Vaccination North-Western Provinces 1866-1877 - 1866-1877
Year: 1866
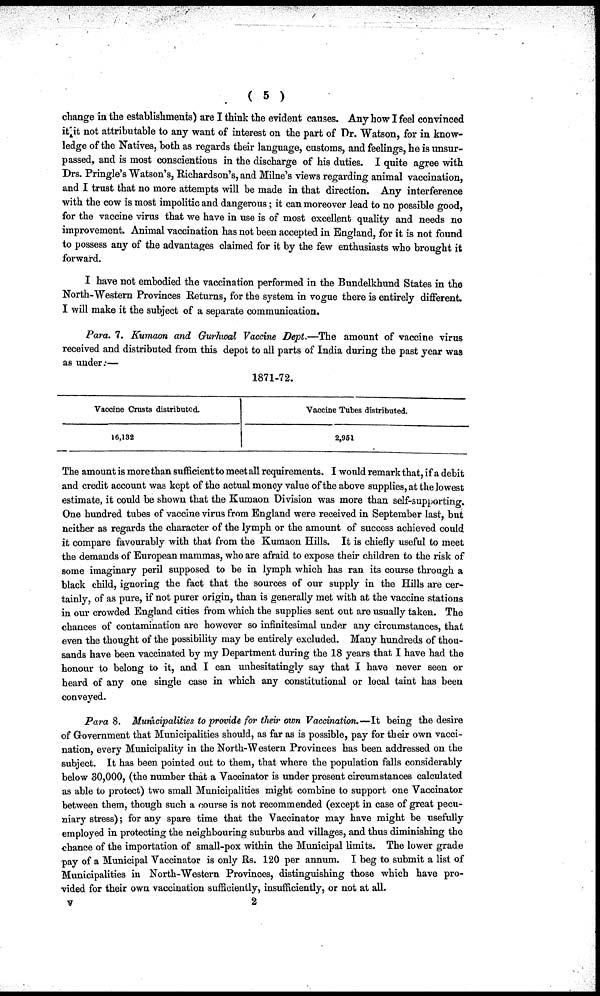
( 5 )
change in the establishments) are I think the evident causes. Any how I feel convinced
it it not attributable to any want of interest on the part of Dr. Watson, for in know-
ledge of the Natives, both as regards their language, customs, and feelings, he is unsur-
passed, and is most conscientious in the discharge of his duties. I quite agree with
Drs. Pringle's Watson's, Richardson's, and Milne's views regarding animal vaccination,
and I trust that no more attempts will be made in that direction. Any interference
with the cow is most impolitic and dangerous; it can moreover lead to no possible good,
for the vaccine virus that we have in use is of most excellent quality and needs no
improvement. Animal vaccination has not been accepted in England, for it is not found
to possess any of the advantages claimed for it by the few enthusiasts who brought it
forward.
I have not embodied the vaccination performed in the Bundelkhund States in the
North-Western Provinces Returns, for the system in vogue there is entirely different
I will make it the subject of a separate communication.
Para. 7. Kumaon and Gurhwal Vaccine Dept.—The amount of vaccine virus
received and distributed from this depot to all parts of India during the past year was
as under:—
1871-72.
Vaccine Crusts distributed.
16,132
Vaccine Tubes distributed.
2,951
The amount is more than sufficient to meet all requirements. I would remark that, if a debit
and credit account was kept of the actual money value of the above supplies, at the lowest
estimate, it could be shown that the Kumaon Division was more than self-supporting.
One hundred tubes of vaccine virus from England were received in September last, but
neither as regards the character of the lymph or the amount of success achieved could
it compare favourably with that from the Kumaon Hills. It is chiefly useful to meet
the demands of European mammas, who are afraid to expose their children to the risk of
some imaginary peril supposed to be in lymph which has ran its course through a
black child, ignoring the fact that the sources of our supply in the Hills are cer-
tainly, of as pure, if not purer origin, than is generally met with at the vaccine stations
in our crowded England cities from which the supplies sent out are usually taken. The
chances of contamination are however so infinitesimal under any circumstances, that
even the thought of the possibility may be entirely excluded. Many hundreds of thou-
sands have been vaccinated by my Department during the 18 years that I have had the
honour to belong to it, and I can unhesitatingly say that I have never seen or
heard of any one single case in which any constitutional or local taint has been
conveyed.
Para 8. Municipalities to provide for their own Vaccination.—It being the desire
of Government that Municipalities should, as far as is possible, pay for their own vacci-
nation, every Municipality in the North-Western Provinces has been addressed on the
subject. It has been pointed out to them, that where the population falls considerably
below 30,000, (the number that a Vaccinator is under present circumstances calculated
as able to protect) two small Municipalities might combine to support one Vaccinator
between them, though such a course is not recommended (except in case of great pecu-
niary stress); for any spare time that the Vaccinator may have might be usefully
employed in protecting the neighbouring suburbs and villages, and thus diminishing the
chance of the importation of small-pox within the Municipal limits. The lower grade
pay of a Municipal Vaccinator is only Rs. 120 per annum. I beg to submit a list of
Municipalities in North-Western Provinces, distinguishing those which have pro-
vided for their own vaccination sufficiently, insufficiently, or not at all.
V 2